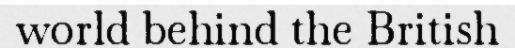
world behind the British